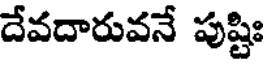
దేవదారువనే పుష్టిః